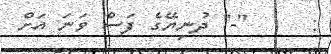
:     "-" ދުނިޔޭގެ ފަސް ވަނަ އަށް